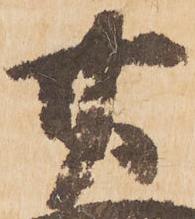
廿